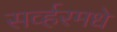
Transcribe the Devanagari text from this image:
सर्व्हरमधे